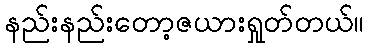
နည်းနည်းတော့ဇယားရှုတ်တယ်။